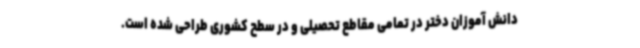
دانش آموزان دختر در تمامی مقاطع تحصیلی و در سطح کشوری طراحی شده است.